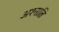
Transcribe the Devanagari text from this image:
अश्नाति